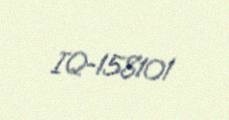
IQ-158101